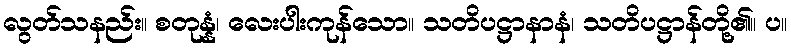
လွတ်သနည်း။ စတုန္နံ၊ လေးပါးကုန်သော။ သတိပဋ္ဌာနာနံ၊ သတိပဋ္ဌာန်တို့၏။ ပ။